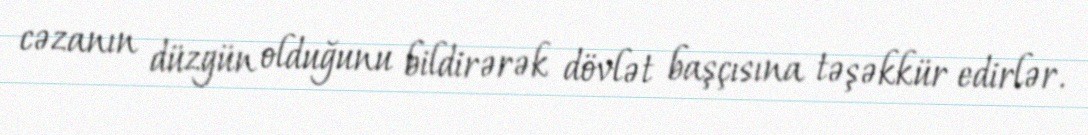
cəzanın düzgün olduğunu bildirərək dövlət başçısına təşəkkür edirlər.